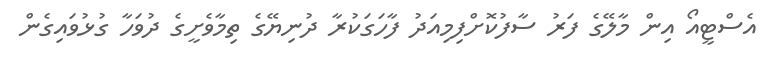
އެސްޓީއޯ އިން މާލޭގެ ފަރު ސާފުކޮށްފިމިއަދު ފާހަގަކުރާ ދުނިޔޭގެ ތިމާވެށީގެ ދުވަހާ ގުޅުވައިގެން